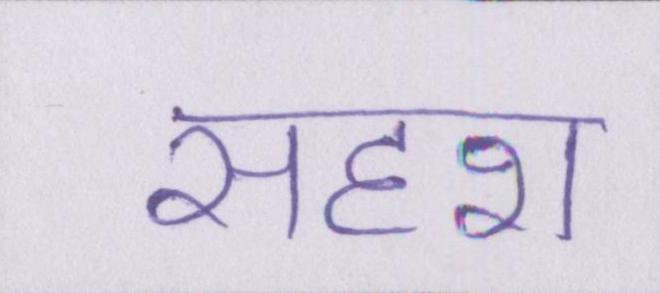
सदृश